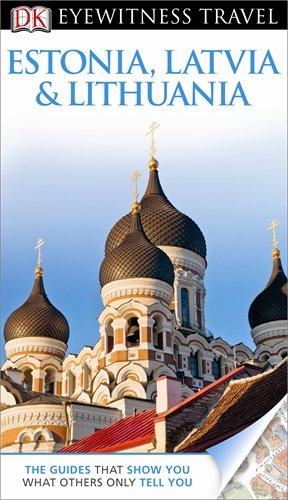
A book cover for DK Eyewitness Travel Guide: Estonia, Latvia & Lithuania; Howard Jarvis; Travel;